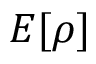
E [ \rho ]